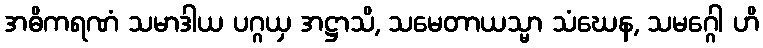
အဓိကရဏံ သမာဒါယ ပဂ္ဂယှ အဋ္ဌာသိ, သမေတာယသ္မာ သံဃေန, သမဂ္ဂေါ ဟိ